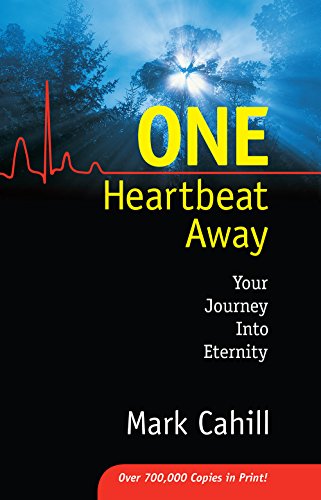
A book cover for One Heartbeat Away: Your Journey into Eternity; Mark Cahill; Christian Books & Bibles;